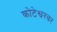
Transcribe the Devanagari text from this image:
कोटेश्वरवर